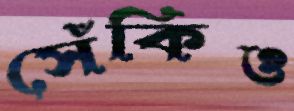
সেঁকিও